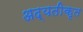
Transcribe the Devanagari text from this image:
अद्यतीकृत